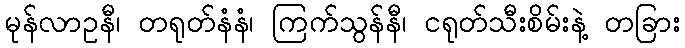
မုန်လာဥနီ၊ တရုတ်နံနံ၊ ကြက်သွန်နီ၊ ငရုတ်သီးစိမ်းနဲ့ တခြား